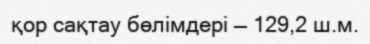
қор сақтау бөлімдері — 129,2 ш.м.